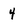
Character: 4